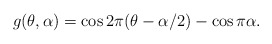
\begin{align*}g(\theta, \alpha) = \cos2\pi(\theta - \alpha/2) - \cos\pi\alpha.\end{align*}